Lunatic asylums Madras 1892-1911 - 1892-1911
Year: 1892
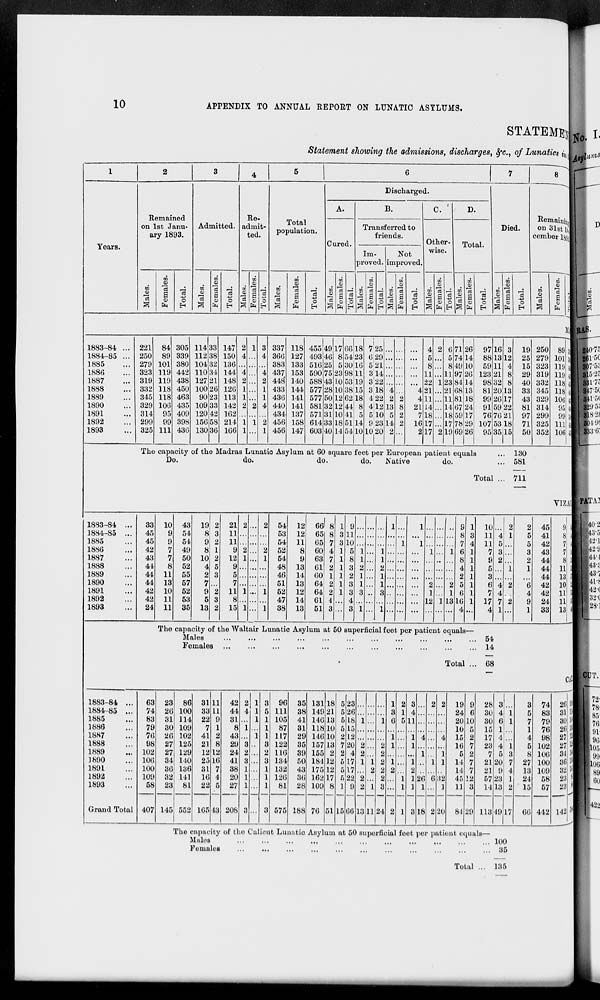
10
APPENDIX TO ANNUAL REPORT ON LUNATIC ASYLUMS.
STATEMEN
Statement showing the admissions, discharges, &c., of Lunatics in
1
Years.
2
Remained
on 1st Janu-
ary 1893.
Males.
Females.
Total.
3
Admitted.
Males.
Females.
Total.
4
Re-
admit-
ted.
Males.
Females.
Total.
5
Total
population.
Males.
Females.
Total.
6
Discharged.
A.
Cured.
Males.
Females.
Total.
B.
Transferred to
friends.
Im-
proved.
Males.
Females.
Total.
Not
improved.
Males.
Females.
Total.
C.
Other-
wise.
Males.
Females.
Total.
D.
Total.
Males.
Females.
Total.
7
Died.
Males.
Females.
Total.
8
Remaining
on 31st December 1893
Males.
Females.
Total.
MAD
1883-84 ...
1884-85 ...
1885 ...
1886 ...
1887 ...
1888 ...
1889 ...
1890 ...
1891 ...
1892 ...
1893 ...
221
250
279
323
319
332
345
329
314
299
325
84
89
101
119
119
118
118
106
95
99
111
305
339
380
442
438
450
463
435
409
398
436
114
112
104
110
127
100
90
109
120
156
130
33
38
32
34
21
26
23
33
42
58
36
147
150
136
144
148
126
113
142
162
214
166
2
4
...
4
2
1
1
2
...
1
1
1
...
...
...
...
...
...
2
...
1
...
3
4
...
4
2
1
1
4
...
2
1
337
366
383
437
448
433
436
440
434
456
456
118
127
133
153
140
144
141
141
137
158
147
455
493
516
590
588
577
577
581
571
614
603
49
46
25
75
43
28
50
32
31
33
40
17
8
5
23
10
10
12
12
10
18
14
66
54
30
98
53
38
62
44
41
51
54
18
23
16
11
19
15
18
8
5
14
10
7
6
5
3
3
3
4
4
5
9
10
25
29
21
14
22
18
22
12
10
23
20
...
...
...
...
...
4
2
13
5
14
2
...
...
...
...
...
...
2
8
2
2
...
...
...
...
...
...
4
4
21
7
16
2
4
5
8
11
22
21
11
14
18
17
17
2
...
...
...
1
...
...
...
...
...
2
6
5
8
11
23
21
11
14
18
17
19
71
74
49
97
84
68
81
67
59
78
69
26
14
10
26
14
13
18
24
17
29
26
97
88
59
123
98
81
99
91
76
107
95
16
13
11
21
32
20
26
59
7b
53
35
3
12
4
8
8
13
17
22
21
18
15
19
25
15
29
40
33
43
81
97
71
50
250
279
323
319
332
345
329
314
299
325
352
89
101
119
119
118
118
106
95
99
111
106
339
380
442
438
450
463
435
409
398
436
458
The capacity of the Madras Lunatic Asylum at 60 square feet per European patient equals ...
Do.
do.
do.
do. Native
do. ...
Total ...
130
581
711
VIZAGA
1883-84 ...
1884-85 ...
1885 ...
1886 ...
1887 ...
1888 ...
1889 ...
1890 ...
1891 ...
1892 ...
1893 ...
33
45
45
42
43
44
44
44
42
42
24
10
9
9
7
7
8
11
13
10
11
11
43
54
54
49
50
52
55
57
52
53
35
19
8
9
8
10
4
2
7
9
5
13
2
3
2
1
2
5
3
...
2
3
2
21
11
11
9
12
9
5
7
11
8
15
2
...
...
2
1
...
...
...
1
...
1
...
...
...
...
...
...
...
...
...
...
...
2
...
...
2
1
...
...
...
1
...
1
54
53
54
52
54
48
46
51
52
47
38
12
12
11
8
9
13
14
13
12
14
13
66
65
65
60
63
61
60
64
64
61
51
8
8
7
4
7
2
1
2
2
4
3
1
3
3
1
1
1
1
1
1
...
...
9
11
10
5
8
3
2
3
3
4
3
...
...
...
1
1
2
1
1
3
...
1
...
...
...
...
...
...
...
...
...
...
...
...
...
...
1
1
2
1
1
3
...
1
1
...
...
...
...
...
...
...
...
...
...
...
...
1
...
...
...
...
...
...
...
...
1
...
1
...
...
...
...
...
...
...
...
...
...
...
1
...
...
...
2
1
12
...
...
...
...
...
...
...
...
...
...
1
...
...
...
...
1
...
...
...
2
1
13
...
9
8
7
6
8
4
2
5
6
16
4
1
3
4
1
1
1
1
1
1
1
...
10
11
11
7
9
5
3
6
7
17
4
...
4
5
3
2
...
...
4
4
7
1
2
1
...
...
...
1
...
2
...
2
...
2
5
5
3
2
1
...
6
4
9
1
45
41
42
43
44
44
44
42
42
24
33
9
8
7
7
8
11
13
10
11
11
13
54
49
49
50
52
55
57
52
53
35
46
The capacity of the Waltair Lunatic Asylum at 50 superficial feet per patient equals—
Males ... ... ... ... ... ... ... ... ... ... ...
Females
...
...
...
...
...
...
...
...
...
...
...
Total ...
54
14
68
CALI
1883-84 ...
1884-85 ...
1885 ...
1886 ...
1887 ...
1888 ...
1889 ...
1890 ...
1891 ...
1892 ...
1893 ...
Grand Total
63
74
83
79
76
98
102
106
100
109
58
407
23
26
31
30
26
27
27
34
36
32
23
145
86
100
114
109
102
125
129
140
136
141
81
552
31
33
22
7
41
21
12
25
31
16
22
165
11
11
9
1
2
8
12
16
7
4
5
43
42
44
31
8
43
29
24
41
38
20
27
208
2
4
...
1
...
3
2
3
1
1
1
3
1
1
1
...
1
...
...
...
...
...
...
...
3
5
1
1
1
3
2
3
1
1
1
3
96
111
105
87
117
122
116
134
132
126
81
575
35
38
41
31
29
35
39
50
43
36
28
188
131
149
146
118
146
157
155
184
175
162
109
76
18
21
13
10
10
13
2
12
12
17
8
51
5
5
5
5
2
7
2
5
5
5
1
15
23
26
18
15
12
20
4
17
17
22
9
66
...
...
1
...
...
2
2
1
...
2
2
13
...
...
...
...
...
...
...
1
2
...
1
11
...
...
1
...
...
2
2
2
2
2
3
24
1
3
6
...
1
1
...
1
2
...
...
2
2
1
5
...
...
...
...
...
...
1
1
1
3
4
11
...
1
1
...
1
2
1
1
3
...
...
...
...
4
...
1
...
...
26
1
18
2
...
...
...
...
...
...
1
...
6
...
2
2
...
...
...
4
...
1
1
...
32
1
20
19
24
20
10
15
16
5
14
14
45
11
84
9
6
10
5
2
7
2
7
7
12
3
29
28
30
30
15
17
23
7
21
21
57
14
113
3
4
6
1
4
4
5
20
9
23
13
49
...
1
1
...
...
1
3
7
4
1
2
17
3
5
7
1
4
5
8
27
13
24
15
66
74
83
79
76
98
102
106
100
109
58
57
442
26
31
30
26
27
27
34
36
32
23
23
142
100
114
109
102
125
129
140
136
141
81
80
584
The capacity of the Calicut Lunatic Asylum at 50 superficial feet per patient equals—
Males ... ... ... ... ... ... ... ... ... ... ...
Females ... ... ... ... ... ... ... ... ... ... ...
Total ...
100
35
135